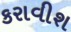
કરાવીશ